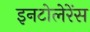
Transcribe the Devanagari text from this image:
इनटोलेरेंस